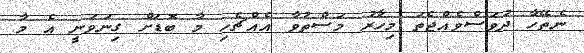
ނެތޭހާ ދުވަސްވެއްޖެތަ މިހާރު މަސްތުވާ އެއްޗެހި މާ ބޮޑަށް ގިނަވަނީ އެ މާ